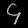
Digit: ၄